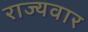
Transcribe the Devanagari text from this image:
राज्‍यवार